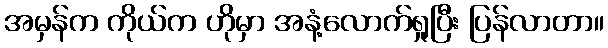
အမှန်က ကိုယ်က ဟိုမှာ အနံ့လောက်ရှုပြီး ပြန်လာတာ။